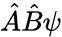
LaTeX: {\hat{A}}{\hat{B}}\psi